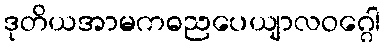
ဒုတိယအာမကဓညပေယျာလဝဂ္ဂေါ